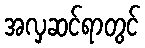
အလှဆင်ရာတွင်